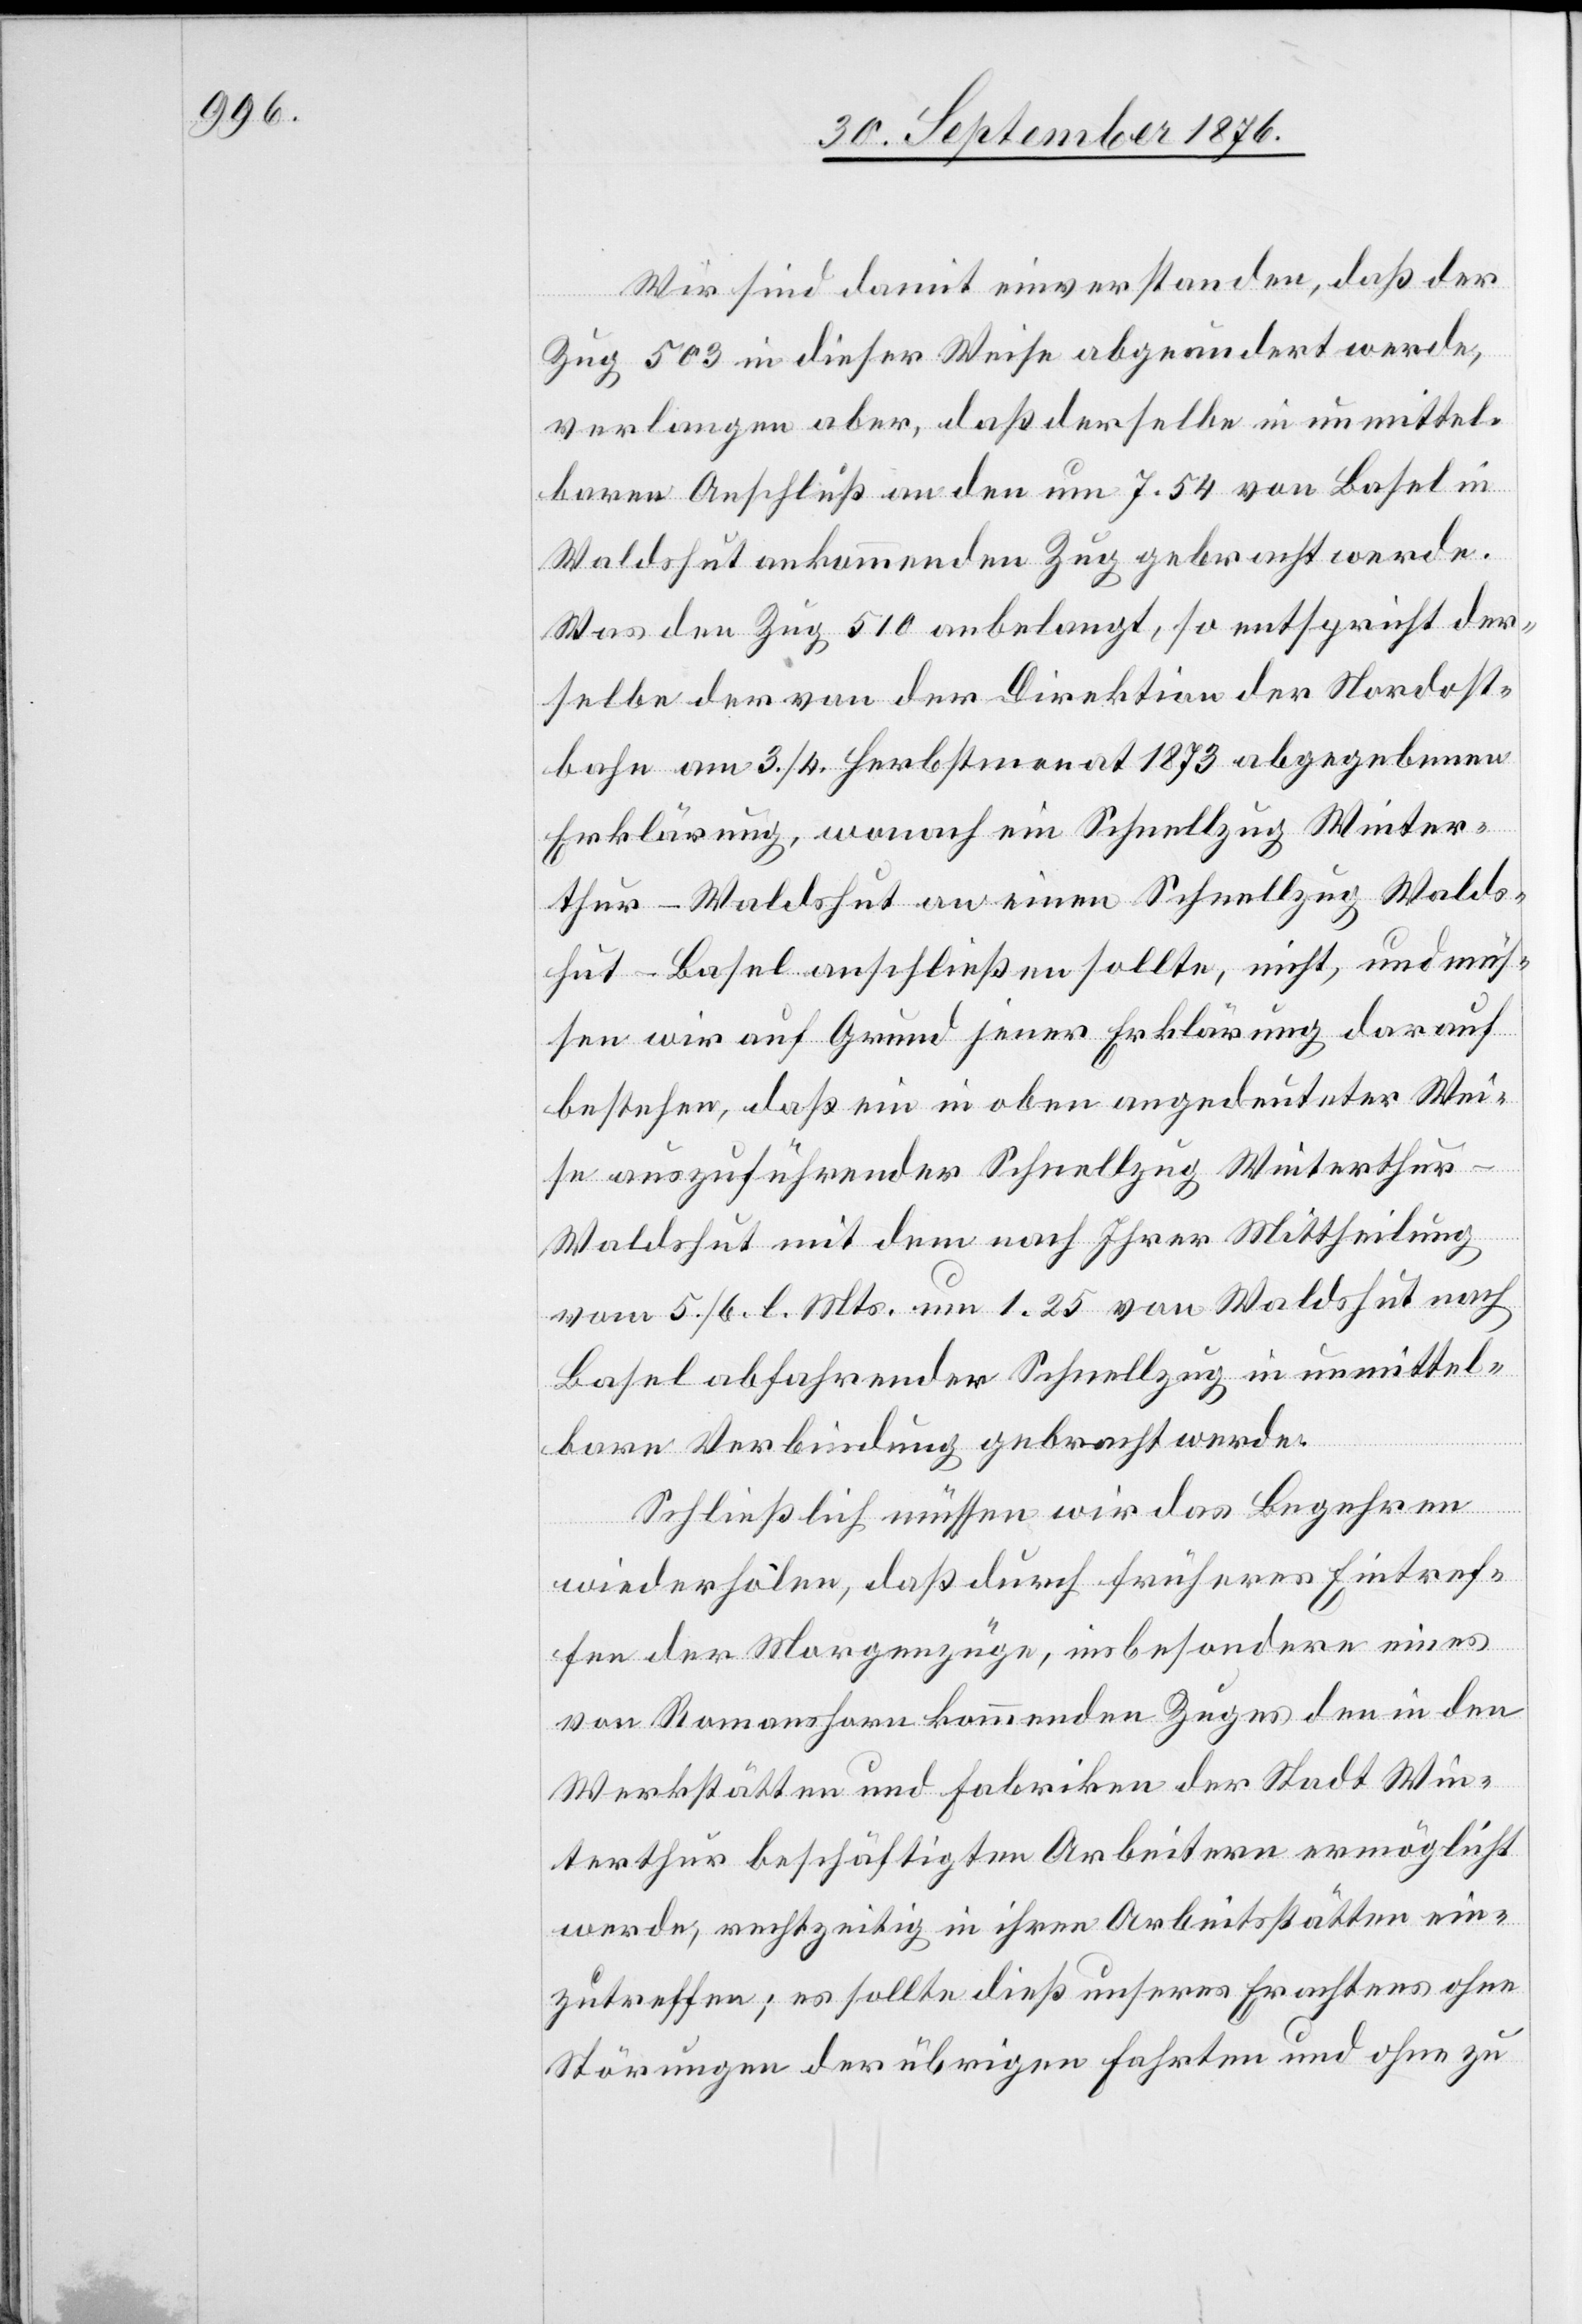
Wir sind damit einverstanden, daß der
Zug 503 in dieser Weise abgeändert werde,
verlangen aber, daß derselbe in unmittel¬
baren Anschluß an den um 7.54 von Basel in
Waldshut ankommenden Zug gebracht werde.
Was den Zug 510 angelangt, so entspricht der¬
selbe der von der Direktion der Nordost¬
bahn am 3./4. Herbstmonat 1873 abgegebenen
Erklärung, wonach ein Schnellzug Winter¬
thur–Waldshut an einen Schnellzug Walds¬
hut–Basel anschließen sollte, nicht, und müs¬
sen wir auf Grund jener Erklärung darauf
bestehen, daß ein in oben angedeuteter Wei¬
se auszuführender Schnellzug Winterthur–W¬
aldshut mit dem nach Ihrer Mittheilung
vom 5./6. l. Mts. um 1.25 von Waldshut nach
Basel abfahrender Schnellzug in unmittel¬
bare Verbindung gebracht werde.
Schließlich müssen wir das Begehren
wiederholen, daß durch früheres Eintref¬
fen der Morgenzüge, insbesondere eines
von Romanshorn kommenden Zuges den in den
Werkstätten und Fabriken der Stadt Win¬
terthur beschäftigten Arbeitern ermöglicht
werde, rechtzeitig in ihren Arbeitsstätten ein¬
zutreffen; es sollte dieß unseres Erachtens ohne
Störungen der übrigen Fahrten und ohne zu